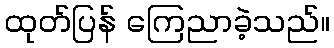
ထုတ်ပြန် ကြေညာခဲ့သည်။